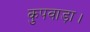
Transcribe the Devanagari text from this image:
कुपवाड़ा।